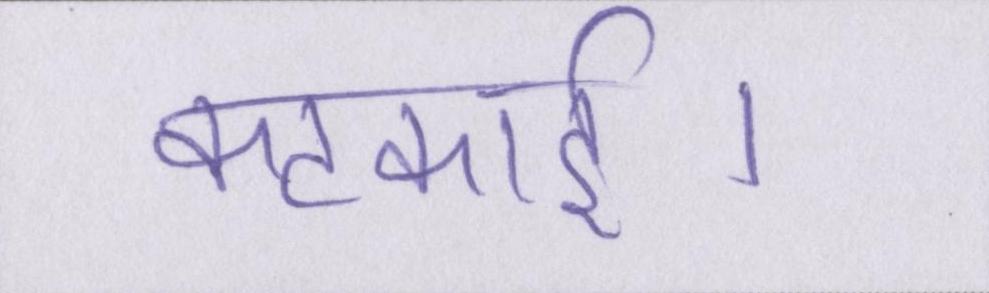
कटकाई।